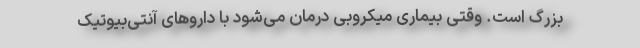
بزرگ است. وقتی بیماری میکروبی درمان می‌شود با داروهای آنتی‌بیوتیک